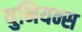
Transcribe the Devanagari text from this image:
युनियन्स